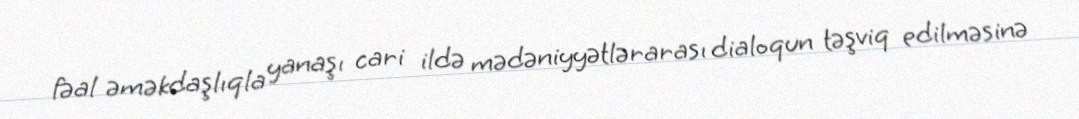
fəal əməkdaşlıqla yanaşı cari ildə mədəniyyətlərarası dialoqun təşviq edilməsinə